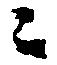
ニ